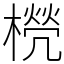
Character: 橩